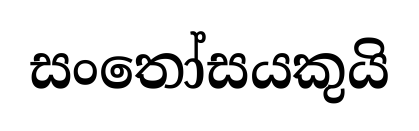
සංතෝසයකුයි